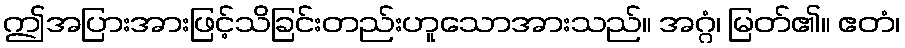
ဤအပြားအားဖြင့်သိခြင်းတည်းဟူသောအားသည်။ အဂ္ဂံ၊ မြတ်၏။ ဧတံ၊